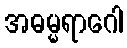
အဓမ္မရာဂေါ